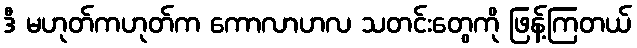
ဒီ မဟုတ်ကဟုတ်က ကောလာဟလ သတင်းတွေကို ဖြန့်ကြတယ်